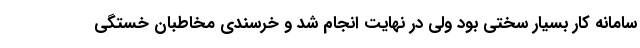
سامانه کار بسیار سختی بود ولی در نهایت انجام شد و خرسندی مخاطبان خستگی